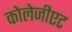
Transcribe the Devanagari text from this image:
कोलेजीएट